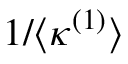
1 / \langle \kappa ^ { ( 1 ) } \rangle